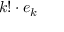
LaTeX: k ! \cdot e _ { k }